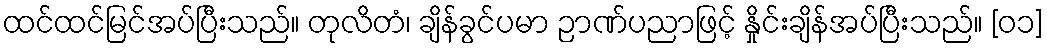
ထင်ထင်မြင်အပ်ပြီးသည်။ တုလိတံ၊ ချိန်ခွင်ပမာ ဉာဏ်ပညာဖြင့် နှိုင်းချိန်အပ်ပြီးသည်။ [၀၁]